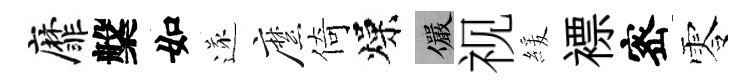
靡槃如遂縻倚燥儼视緩褾宻零